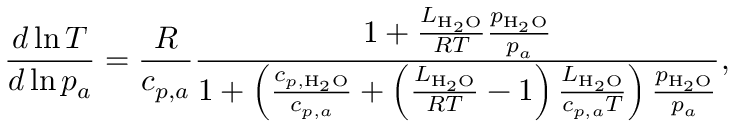
\frac { d \ln { T } } { d \ln { p _ { a } } } = \frac { R } { c _ { p , a } } \frac { 1 + \frac { L _ { \mathrm { H } _ { 2 } \mathrm { O } } } { R T } \frac { p _ { \mathrm { H } _ { 2 } \mathrm { O } } } { p _ { a } } } { 1 + \left( \frac { c _ { p , \mathrm { H } _ { 2 } \mathrm { O } } } { c _ { p , a } } + \left( \frac { L _ { \mathrm { H } _ { 2 } \mathrm { O } } } { R T } - 1 \right) \frac { L _ { \mathrm { H } _ { 2 } \mathrm { O } } } { c _ { p , a } T } \right) \frac { p _ { \mathrm { H } _ { 2 } \mathrm { O } } } { p _ { a } } } ,